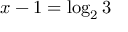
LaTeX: x - 1 = \log _ { 2 } 3